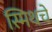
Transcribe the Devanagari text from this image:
स्मिथचे